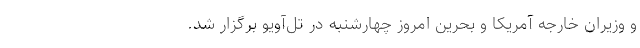
و وزیران خارجه آمریکا و بحرین امروز چهارشنبه در تل‌آویو برگزار شد.